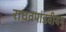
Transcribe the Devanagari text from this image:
राघवपांडवीयमु